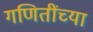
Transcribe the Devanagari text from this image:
गणितींच्या